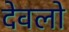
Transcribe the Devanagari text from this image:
देवलो